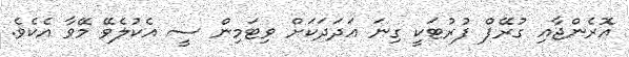
އޮރެންޖާއި ގުރޭޕް ފުރުޓަކީ ގިނަ އަދަދަކަށް ވިޓަމިން ސީ އެކުލެވޭ މޭވާ އެކެވެ.